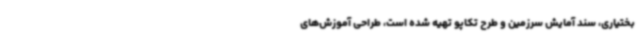
بختیاری، سند آمایش سرزمین و طرح تکاپو تهیه شده است، طراحی آموزش‌های